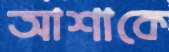
আশাকে